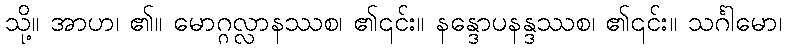
သို့။ အာဟ၊ ၏။ မောဂ္ဂလ္လာနဿစ၊ ၏၎င်း။ နန္ဒောပနန္ဒဿစ၊ ၏၎င်း။ သင်္ဂါမော၊